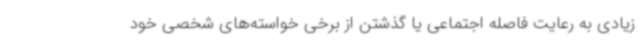
زیادی به رعایت فاصله اجتماعی یا گذشتن از برخی خواسته‌های شخصی خود